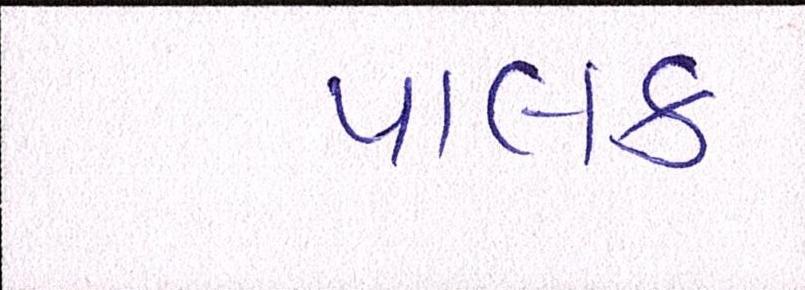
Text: પાલક